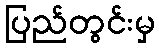
ပြည်တွင်းမှ